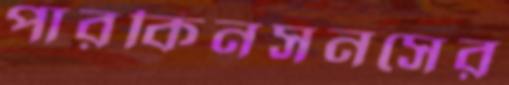
পারকিনসনসের